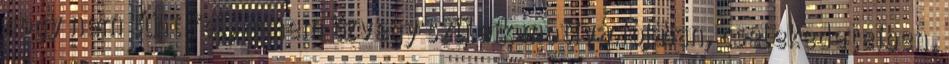
hogy nem tűnt fel, hanem özvegy szüleik motivációjában, cselekedeteiben,